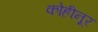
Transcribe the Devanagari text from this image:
कोहीनूर